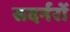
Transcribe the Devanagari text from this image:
सदर्नरों